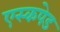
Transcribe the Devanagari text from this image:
एस्कपेड